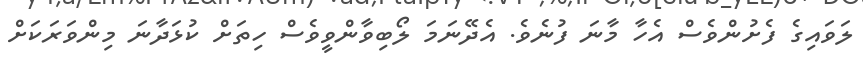
ލަވައިގެ ފެށުންވެސް އެހާ މާނަ ފުނެވެ. އެދޭނަމަ ލޯބިވާންވީވެސް ހިތަށް ކުޅަދާނަ މިންވަރަކަށް